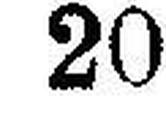
20